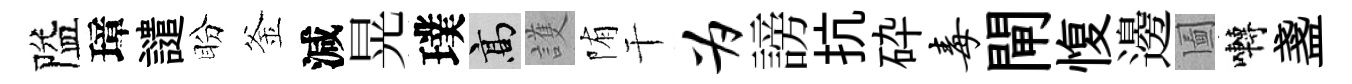
隘璋譴盼釜減晃璞高護陏干为謗抗砕毒閘愎邊圗囀盞